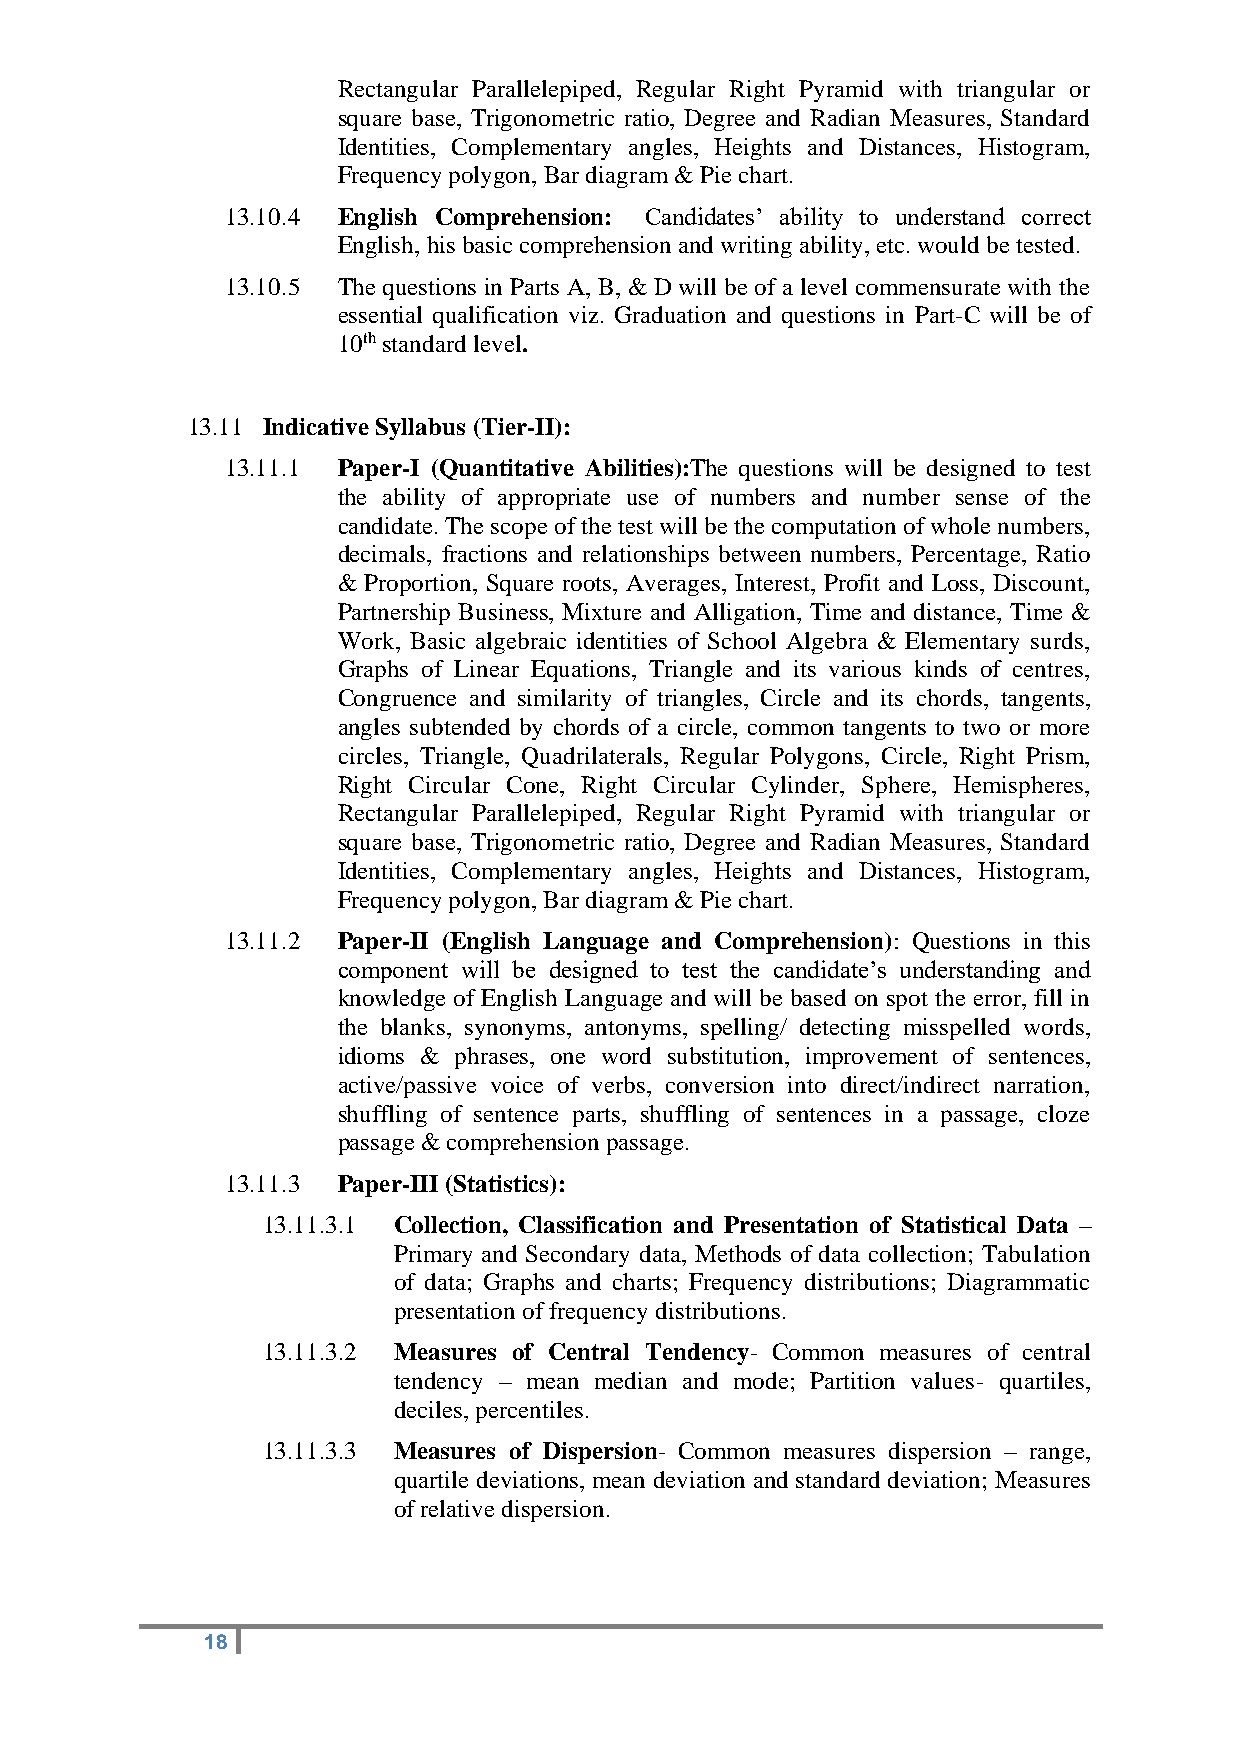
Rectangular Parallelepiped, Regular Right Pyramid with triangular or
 square base, Trigonometric ratio, Degree and Radian Measures, Standard
 Identities, Complementary angles, Heights and Distances, Histogram,
 Frequency polygon, Bar diagram & Pie chart.
 13.10.4 English Comprehension: Candidates’ ability to understand correct
 English, his basic comprehension and writing ability, etc. would be tested.
 13.10.5 The questions in Parts A, B, & D will be of a level commensurate with the
 essential qualification viz. Graduation and questions in Part-C will be of
 10th standard level.
 13.11 Indicative Syllabus (Tier-II):
 13.11.1 Paper-I (Quantitative Abilities):The questions will be designed to test
 the ability of appropriate use of numbers and number sense of the
 candidate. The scope of the test will be the computation of whole numbers,
 decimals, fractions and relationships between numbers, Percentage, Ratio
 & Proportion, Square roots, Averages, Interest, Profit and Loss, Discount,
 Partnership Business, Mixture and Alligation, Time and distance, Time &
 Work, Basic algebraic identities of School Algebra & Elementary surds,
 Graphs of Linear Equations, Triangle and its various kinds of centres,
 Congruence and similarity of triangles, Circle and its chords, tangents,
 angles subtended by chords of a circle, common tangents to two or more
 circles, Triangle, Quadrilaterals, Regular Polygons, Circle, Right Prism,
 Right Circular Cone, Right Circular Cylinder, Sphere, Hemispheres,
 Rectangular Parallelepiped, Regular Right Pyramid with triangular or
 square base, Trigonometric ratio, Degree and Radian Measures, Standard
 Identities, Complementary angles, Heights and Distances, Histogram,
 Frequency polygon, Bar diagram & Pie chart.
 13.11.2 Paper-II (English Language and Comprehension): Questions in this
 component will be designed to test the candidate’s understanding and
 knowledge of English Language and will be based on spot the error, fill in
 the blanks, synonyms, antonyms, spelling/ detecting misspelled words,
 idioms & phrases, one word substitution, improvement of sentences,
 active/passive voice of verbs, conversion into direct/indirect narration,
 shuffling of sentence parts, shuffling of sentences in a passage, cloze
 passage & comprehension passage.
 13.11.3 Paper-III (Statistics):
 13.11.3.1 Collection, Classification and Presentation of Statistical Data –
 Primary and Secondary data, Methods of data collection; Tabulation
 of data; Graphs and charts; Frequency distributions; Diagrammatic
 presentation of frequency distributions.
 13.11.3.2 Measures of Central Tendency- Common measures of central
 tendency – mean median and mode; Partition values- quartiles,
 deciles, percentiles.
 13.11.3.3 Measures of Dispersion- Common measures dispersion – range,
 quartile deviations, mean deviation and standard deviation; Measures
 of relative dispersion.
 18